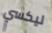
ليكسي